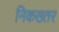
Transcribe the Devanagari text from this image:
निकख्तर